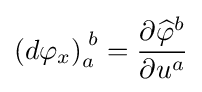
\left(d\varphi _{x}\right)_{a}^{\;b}={\frac {\partial {\widehat {\varphi }}^{b}}{\partial u^{a}}}